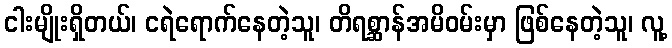
ငါးမျိုးရှိတယ်၊ ငရဲရောက်နေတဲ့သူ၊ တိရစ္ဆာန်အမိဝမ်းမှာ ဖြစ်နေတဲ့သူ၊ လူ့